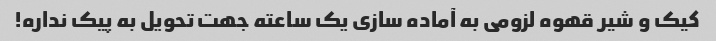
کیک و شیر قهوه لزومی به آماده سازی یک ساعته جهت تحویل به پیک نداره!